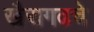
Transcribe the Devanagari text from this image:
खैरागढचे